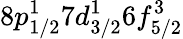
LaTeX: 8p_{1/2}^{1}7d_{3/2}^{1}6f_{5/2}^{3}